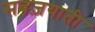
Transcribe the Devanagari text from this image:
सबज़याती